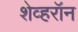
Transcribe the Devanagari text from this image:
शेव्हरॉन